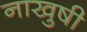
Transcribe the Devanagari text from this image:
नाखुषी